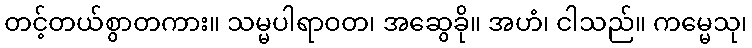
တင့်တယ်စွာတကား။ သမ္မပါရာဝတ၊ အဆွေခို။ အဟံ၊ ငါသည်။ ကမ္မေသု၊